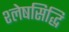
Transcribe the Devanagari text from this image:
श्लेषसिद्धि